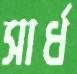
সার্ধ